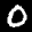
Label: 0